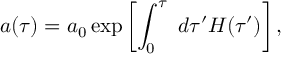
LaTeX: a ( \tau ) = a _ { 0 } \exp \left[ \int _ { 0 } ^ { \tau } \; d \tau ^ { \prime } H ( \tau ^ { \prime } ) \right] ,